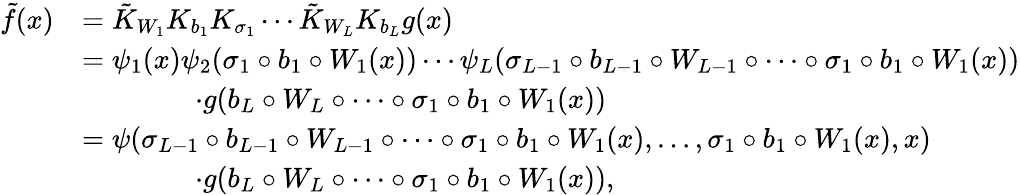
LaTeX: \begin{array}{rl}{\tilde{f}(x)}&{=\tilde{K}_{W_{1}}K_{b_{1}}K_{\sigma_{1}}\cdots\tilde{K}_{W_{L}}K_{b_{L}}g(x)}\\ &{=\psi_{1}(x)\psi_{2}(\sigma_{1}\circ b_{1}\circ W_{1}(x))\cdots\psi_{L}(\sigma_{L-1}\circ b_{L-1}\circ W_{L-1}\circ\cdots\circ\sigma_{1}\circ b_{1}\circ W_{1}(x))}\\ &{\qquad\qquad\cdot g(b_{L}\circ W_{L}\circ\cdots\circ\sigma_{1}\circ b_{1}\circ W_{1}(x))}\\ &{=\psi(\sigma_{L-1}\circ b_{L-1}\circ W_{L-1}\circ\cdots\circ\sigma_{1}\circ b_{1}\circ W_{1}(x),\ldots,\sigma_{1}\circ b_{1}\circ W_{1}(x),x)}\\ &{\qquad\qquad\cdot g(b_{L}\circ W_{L}\circ\cdots\circ\sigma_{1}\circ b_{1}\circ W_{1}(x)),}\end{array}